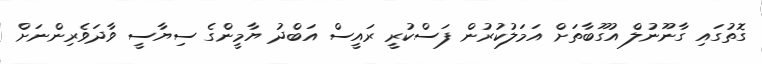
ގޮތުގައި ގާނޫނުލް އުގޫބާތަށް އަމަލުކުރުން ފަސްކުރީ ރައީސް އަބްދު ޔާމީންގެ ސިޔާސީ ވާދަވެރިންނަށް